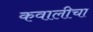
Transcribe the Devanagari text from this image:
कवालीचा